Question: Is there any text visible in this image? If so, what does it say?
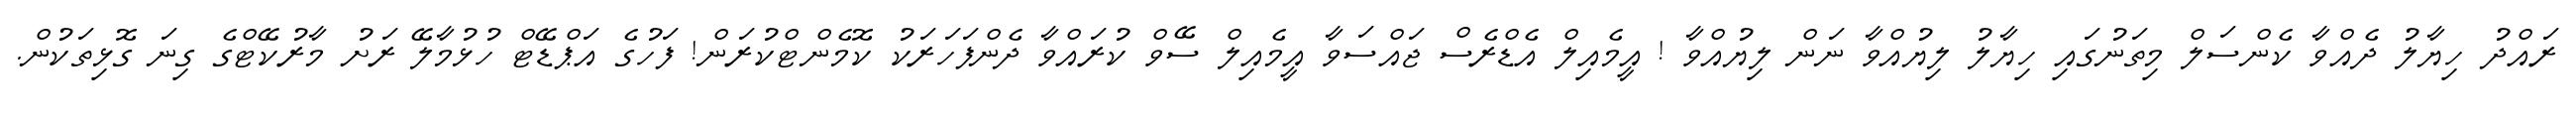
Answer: ރައްދު ހިޔާލު ދެއްވާ ކެންސަލް މިތަނުގައި ހިޔާލު ލިޔުއްވާ ނަން ލިޔުއްވާ ! އީމެއިލް އެޑްރެސް ޖައްސަވާ އީމެއިލް ސޭވް ކުރައްވާ ދެންފަހަރަކު ކޮމެންޓްކުރަން! ފަހުގެ އަޕްޑޭޓް ހުޅުމާލޭ ރަށު މާރުކޭޓްގެ ގިނަ ގޮޅިތަކުން.